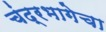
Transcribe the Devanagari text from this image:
चंद्रभागेचा